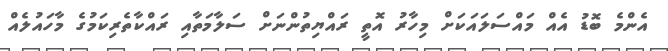
އެންމެ ބޮޑު އެއް މައްސަލައަކަށް މިހާރު އޮތީ ރައްޔިތުންނަށް ސަލާމަތާއި ރައްކާތެރިކަމުގެ މާހައުލެއް